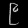
Digit: ၉